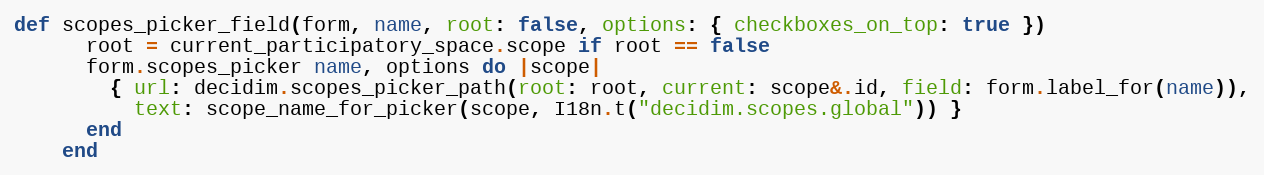
Language: Ruby
def scopes_picker_field(form, name, root: false, options: { checkboxes_on_top: true })
      root = current_participatory_space.scope if root == false
      form.scopes_picker name, options do |scope|
        { url: decidim.scopes_picker_path(root: root, current: scope&.id, field: form.label_for(name)),
          text: scope_name_for_picker(scope, I18n.t("decidim.scopes.global")) }
      end
    end